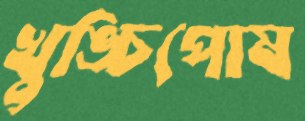
খুঙ্চিপোষ